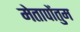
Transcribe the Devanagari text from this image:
मेतापोंतुम